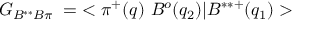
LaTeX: G _ { B ^ { * * } B \pi } \; = \; < \pi ^ { + } ( q ) ~ B ^ { o } ( q _ { 2 } ) | B ^ { * * + } ( q _ { 1 } ) >